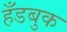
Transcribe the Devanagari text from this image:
हँडबुक